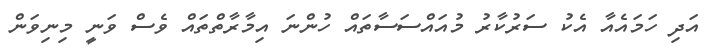
އަދި ހަމައެއާ އެކު ސަރުކާރު މުއައްސަސާތައް ހުންނަ އިމާރާތްތައް ވެސް ވަނީ މިނިވަން